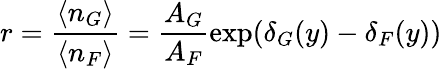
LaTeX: r=\frac{\langle n_{G}\rangle}{\langle n_{F}\rangle}=\frac{A_{G}}{A_{F}}\exp(\delta_{G}(y)-\delta_{F}(y))